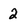
Character: 2